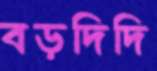
বড়দিদি